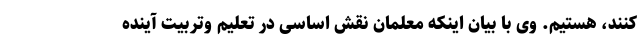
کنند، هستیم. وی با بیان اینکه معلمان نقش اساسی در تعلیم وتربیت آینده